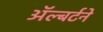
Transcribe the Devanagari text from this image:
ॲल्बर्टने